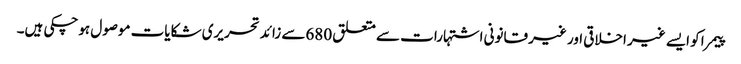
پیمرا کو ایسے غیر اخلاقی اور غیر قانونی اشتہارات سے متعلق 680سے زائد تحریری شکایات موصول ہوچکی ہیں۔